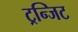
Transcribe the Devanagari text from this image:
ट्रन्जिट